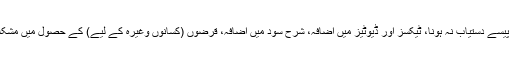
آئی ایم ایف سے قرض حاصل کرنے کے نقصانات کی فہرست طویل ہے جس میں عوامی منصوبوں کے لیے پیسے دستیاب نہ ہونا، ٹیکسز اور ڈیوٹیز میں اضافہ، شرح سود میں اضافہ، قرضوں (کسانوں وغیرہ کے لیے) کے حصول میں مشکلات اور سرکاری اداروں میں کام کرنے والوں کی مراعات میں کمی یا ملازمت سے فراغت وغیرہ شامل ہیں۔